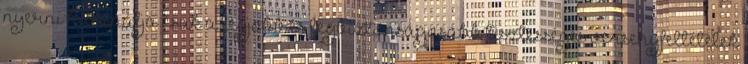
nyerni használja csak a legjobb és legbiztonságosabb tisztességes versenyfeltételek